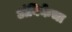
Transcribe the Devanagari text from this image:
अंबिकेचा